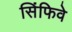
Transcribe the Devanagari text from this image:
सिंफिवे